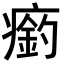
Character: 瘹